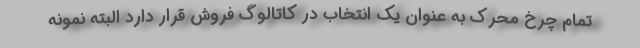
تمام چرخ محرک به عنوان یک انتخاب در کاتالوگ فروش قرار دارد البته نمونه